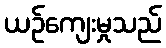
ယဉ်ကျေးမှုသည်